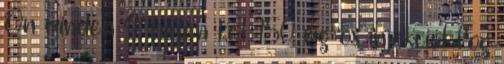
Ön minden 4. héten két 150 mg-os injekciót fog